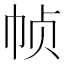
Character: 帧